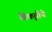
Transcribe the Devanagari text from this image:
विकृतीचे